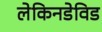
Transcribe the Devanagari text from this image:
लेकिनडेविड